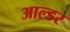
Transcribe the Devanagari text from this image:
आल्डर